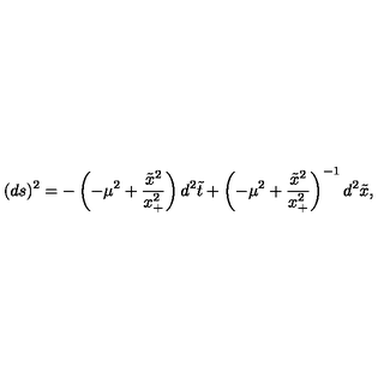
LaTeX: ( d s ) ^ { 2 } = - \left( - \mu ^ { 2 } + \frac { \tilde { x } ^ { 2 } } { x _ { + } ^ { 2 } } \right) d ^ { 2 } { \tilde { t } } + \left( - \mu ^ { 2 } + \frac { { \tilde { x } ^ { 2 } } } { x _ { + } ^ { 2 } } \right) ^ { - 1 } d ^ { 2 } { \tilde { x } } ,